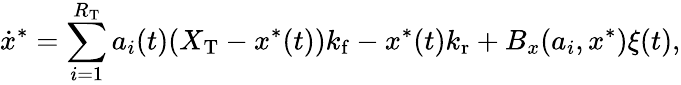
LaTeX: \dot{x}^{*}=\sum_{i=1}^{R_{\mathrm{T}}}a_{i}(t)(X_{\mathrm{T}}-x^{*}(t)){k_{\mathrm{f}}}-x^{*}(t){k_{\mathrm{r}}}+B_{x}(a_{i},x^{\ast})\xi(t),